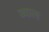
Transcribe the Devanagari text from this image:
व्यालः